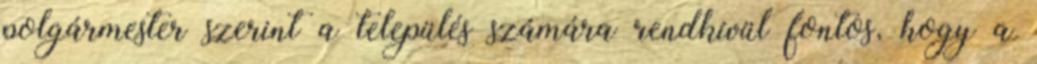
polgármester szerint a település számára rendkívül fontos, hogy a